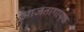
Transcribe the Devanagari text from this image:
आजतागायक